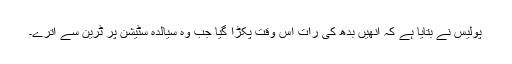
پولیس نے بتایا ہے کہ انھیں بدھ کی رات اس وقت پکڑا گیا جب وہ سیالدہ سٹیشن پر ٹرین سے اترے۔